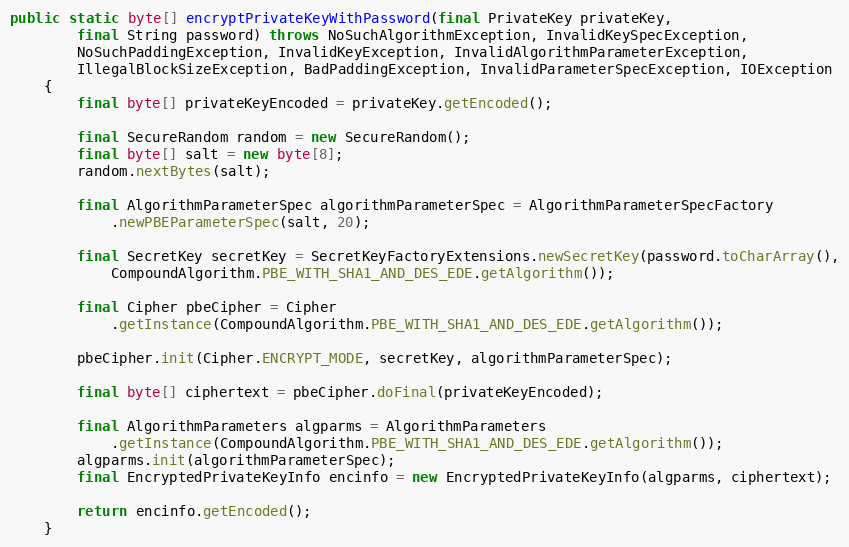
Language: Java
public static byte[] encryptPrivateKeyWithPassword(final PrivateKey privateKey,
		final String password) throws NoSuchAlgorithmException, InvalidKeySpecException,
		NoSuchPaddingException, InvalidKeyException, InvalidAlgorithmParameterException,
		IllegalBlockSizeException, BadPaddingException, InvalidParameterSpecException, IOException
	{
		final byte[] privateKeyEncoded = privateKey.getEncoded();

		final SecureRandom random = new SecureRandom();
		final byte[] salt = new byte[8];
		random.nextBytes(salt);

		final AlgorithmParameterSpec algorithmParameterSpec = AlgorithmParameterSpecFactory
			.newPBEParameterSpec(salt, 20);

		final SecretKey secretKey = SecretKeyFactoryExtensions.newSecretKey(password.toCharArray(),
			CompoundAlgorithm.PBE_WITH_SHA1_AND_DES_EDE.getAlgorithm());

		final Cipher pbeCipher = Cipher
			.getInstance(CompoundAlgorithm.PBE_WITH_SHA1_AND_DES_EDE.getAlgorithm());

		pbeCipher.init(Cipher.ENCRYPT_MODE, secretKey, algorithmParameterSpec);

		final byte[] ciphertext = pbeCipher.doFinal(privateKeyEncoded);

		final AlgorithmParameters algparms = AlgorithmParameters
			.getInstance(CompoundAlgorithm.PBE_WITH_SHA1_AND_DES_EDE.getAlgorithm());
		algparms.init(algorithmParameterSpec);
		final EncryptedPrivateKeyInfo encinfo = new EncryptedPrivateKeyInfo(algparms, ciphertext);

		return encinfo.getEncoded();
	}